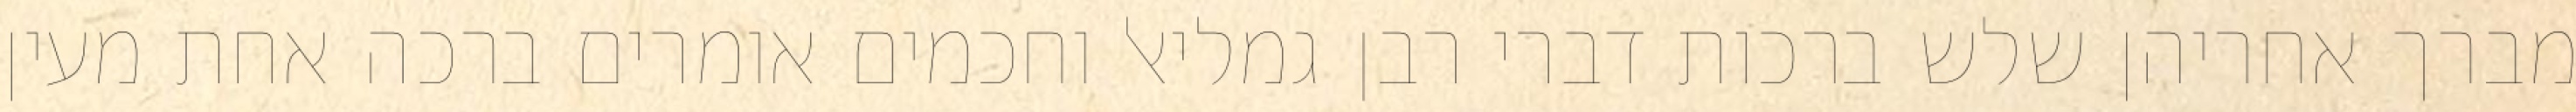
מברך אחריהן שלש ברכות דברי רבן גמליאל וחכמים אומרים ברכה אחת מעין